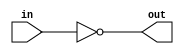
// MY SOLUTION

module top_module( input in, output out );
    assign out = ~in;

endmodule